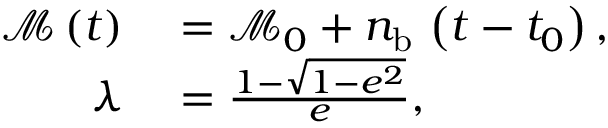
\begin{array} { r l } { \mathcal { M } \left( t \right) } & { { } = \mathcal { M } _ { 0 } + n _ { \mathrm { b } } \, \left( t - t _ { 0 } \right) , } \\ { \lambda } & { { } = \frac { 1 - \sqrt { 1 - e ^ { 2 } } } { e } , } \end{array}